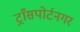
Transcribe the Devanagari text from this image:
ट्राँसपोर्टनगर